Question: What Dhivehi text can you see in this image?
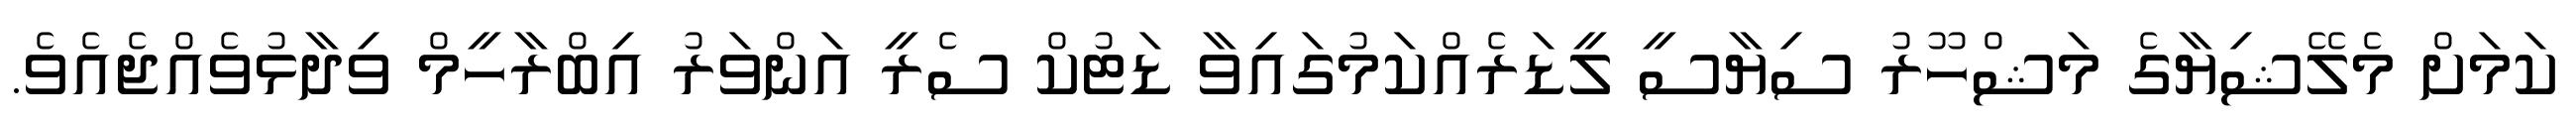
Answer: ކަމަށް މެލޭޝިޔާގެ މަޝްހޫރު ސިޔާސީ ލީޑަރެއްކަމުގައިވާ ޑަޓުކް ސެރީ އަންވަރު އިބްރާހީމް ވިދާޅުވެއްޖެއެވެ.